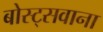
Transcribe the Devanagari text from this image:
बोस्ट्सवाना